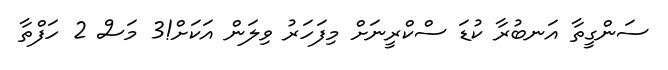
ސަންގީތާ އަނބުރާ ކުޑަ ސްކްރީނަށް މިފަހަރު ވިލަން އަކަށް!3 މަސް 2 ހަފްތާ